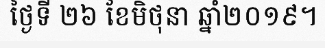
ថ្ងៃទី ២៦ ខែមិថុនា ឆ្នាំ២០១៩។